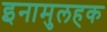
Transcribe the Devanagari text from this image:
इनामुलहक